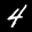
Label: 4